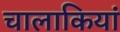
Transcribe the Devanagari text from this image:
चालाकियां